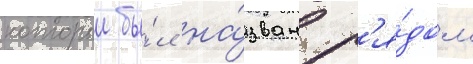
которыи бы́л на́зван р'я́дом